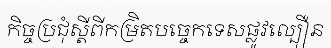
កិច្ចប្រជុំស្តីពីកម្រិតបច្ចេកទេសផ្លូវល្បឿន